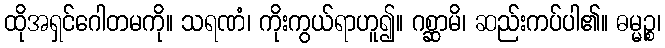
ထိုအရှင်ဂေါတမကို။ သရဏံ၊ ကိုးကွယ်ရာဟူ၍။ ဂစ္ဆာမိ၊ ဆည်းကပ်ပါ၏။ ဓမ္မဉ္စ၊